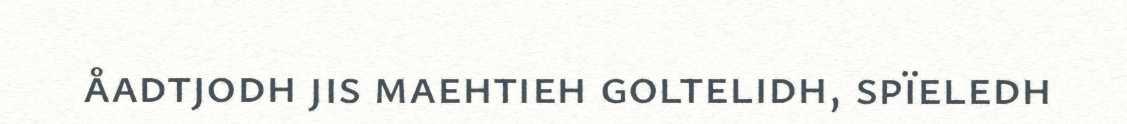
åadtjodh jis maehtieh goltelidh, spïeledh